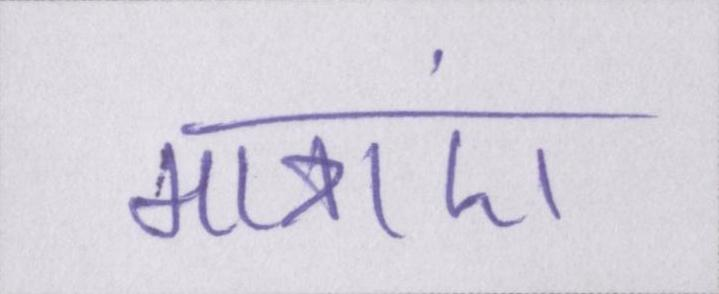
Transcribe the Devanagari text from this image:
मात्राएं